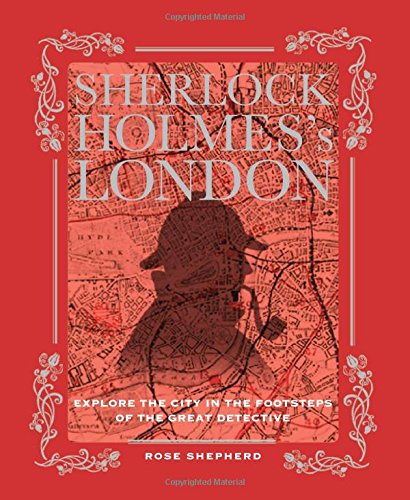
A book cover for Sherlock Holmes's London: Explore the City in the Footsteps of the Great Detective; Rose Shepherd; Mystery, Thriller & Suspense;